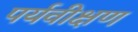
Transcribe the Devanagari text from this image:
पर्यवीक्षण